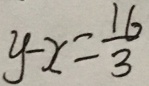
y - x = \frac { 1 6 } { 3 }